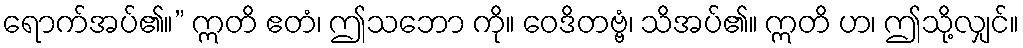
ရောက်အပ်၏။” ဣတိ ဧတံ၊ ဤသဘော ကို။ ဝေဒိတဗ္ဗံ၊ သိအပ်၏။ ဣတိ ဟ၊ ဤသို့လျှင်။